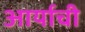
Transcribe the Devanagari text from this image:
आर्याची